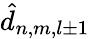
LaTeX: \hat{d}_{n,m,l\pm 1}